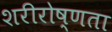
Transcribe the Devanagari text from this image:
शरीरोष्णता